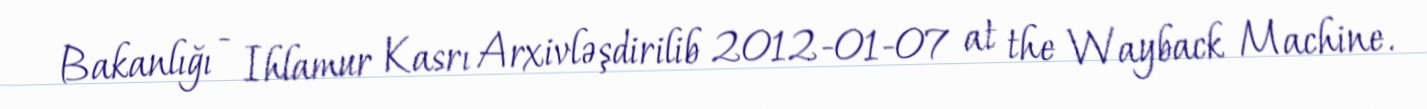
Bakanlığı - Ihlamur Kasrı Arxivləşdirilib 2012-01-07 at the Wayback Machine.